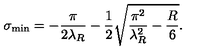
\sigma _ { \mathrm { m i n } } = - \frac { \pi } { 2 \lambda _ { R } } - \frac { 1 } { 2 } \sqrt { \frac { \pi ^ { 2 } } { \lambda _ { R } ^ { 2 } } - \frac { R } { 6 } } .